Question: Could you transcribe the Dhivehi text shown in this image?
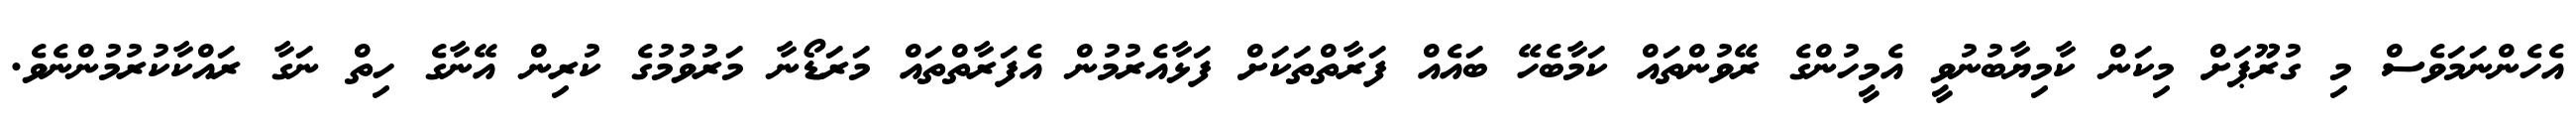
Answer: އެހެންނަމަވެސް މި ގުރޫޕަށް މިކަން ކާމިޔާބުނުވީ އެމީހުންގެ ރޭވުންތައް ކަމާބެހޭ ބައެއް ފަރާތްތަކަށް ފަޅާއެރުމުން އެފަރާތްތައް މަރަޑޯނާ މަރުވުމުގެ ކުރިން އޭނާގެ ހިތް ނަގާ ރައްކާކުރުމުންނެވެ.